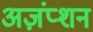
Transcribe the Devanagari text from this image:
अज़ंप्शन